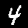
Label: 4